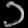
Digit: ၁